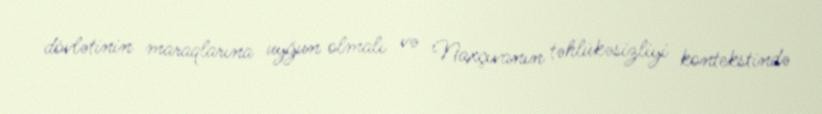
dövlətinin maraqlarına uyğun olmalı və Naxçıvanın təhlükəsizliyi kontekstində